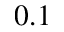
0 . 1